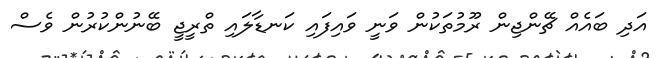
އަދި ބައެއް ޗޭންޖިން ރޫމުތަކުން ވަނީ ވައިފައި ކަނޑާލައި ތްރީޖީ ބޭނުންކުރުން ވެސް